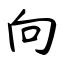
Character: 向